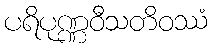
ပရိပုဏ္ဏဝီသတိဝဿံ